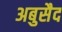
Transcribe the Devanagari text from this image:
अबुसैद